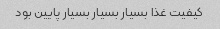
کیفیت غذا بسیار بسیار بسیار پایین بود